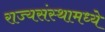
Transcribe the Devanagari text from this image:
राज्यसंस्थामध्ये